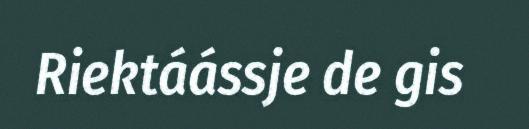
Riektáássje de gis